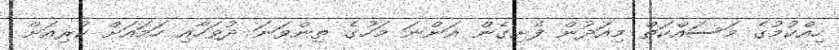
ހިއްކުމުގެ މަސައްކަތް މިއަދުން ފެށިގެން އަންނަ މަހުގެ ތިންވަނަ ދުވަހާއި ހަމައަށް ކުރިއަށް